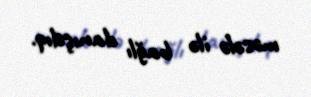
məsələ ilə bağlı danışdıq.